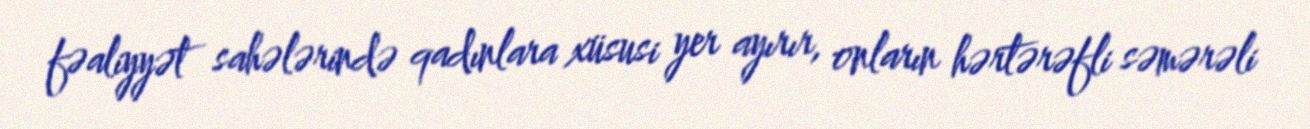
fəaliyyət sahələrində qadınlara xüsusi yer ayırır, onların hərtərəfli səmərəli